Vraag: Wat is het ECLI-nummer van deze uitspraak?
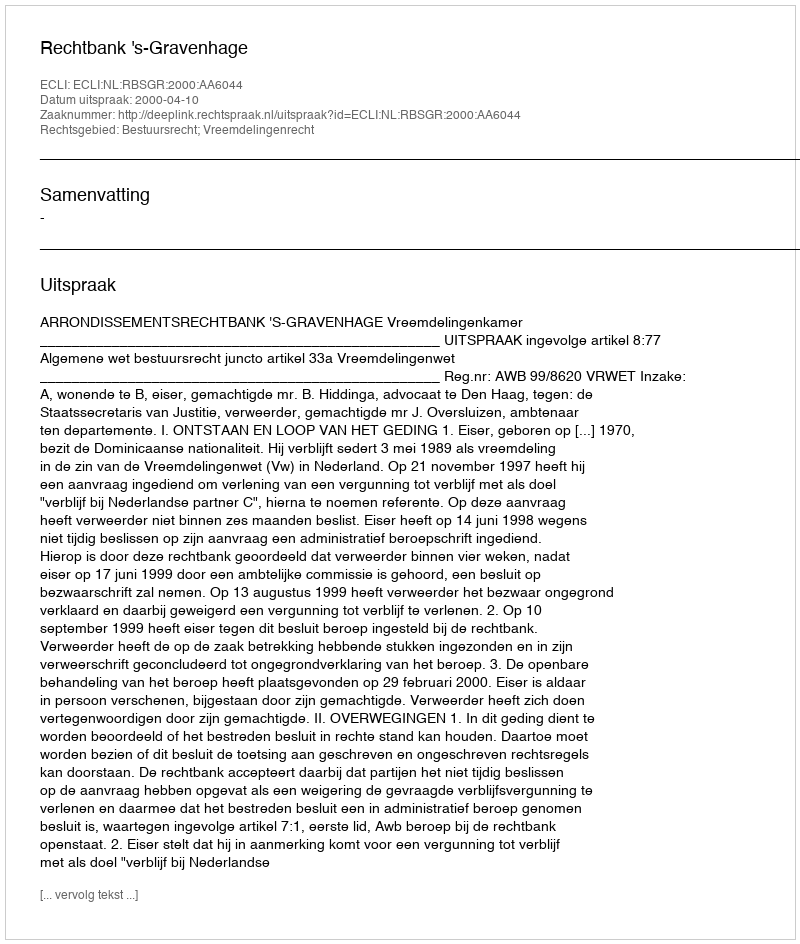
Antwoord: ECLI:NL:RBSGR:2000:AA6044